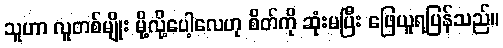
သူဟာ လူတစ်မျိုး မို့လို့ပေါ့လေဟု စိတ်ကို ဆုံးမပြီး ဖြေယူရပြန်သည်။